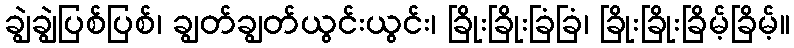
ချွဲချွဲပြစ်ပြစ်၊ ချွတ်ချွတ်ယွင်းယွင်း၊ ခြိုးခြိုးခြံခြံ၊ ခြိုးခြိုးခြိမ့်ခြိမ့်။